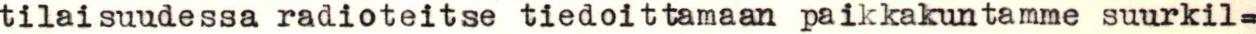
tilaisuudessa radioteitse tiedoittamaan paikkakuntamme suurkil=